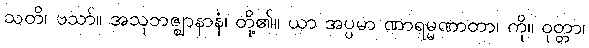
သတိ၊ ဗသာ်။ အသုဘဇ္ဈာနာနံ၊ တို့၏။ ယာ အပ္ပမာ ဏာရမ္မဏာတာ၊ ကို။ ဝုတ္တာ၊